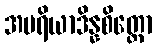
အပရိယာဒိန္နစိတ္တော